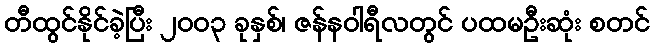
တီထွင်နိုင်ခဲ့ပြီး ၂၀၀၃ ခုနှစ်၊ ဇန်နဝါရီလတွင် ပထမဦးဆုံး စတင်